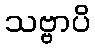
သဗ္ဗာပိ